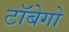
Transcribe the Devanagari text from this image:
टॉबेगो